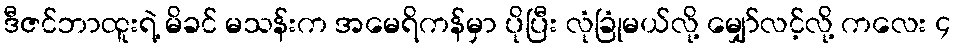
ဒီဇင်ဘာထူးရဲ့ မိခင် မသန်းက အမေရိကန်မှာ ပိုပြီး လုံခြုံမယ်လို့ မျှော်လင့်လို့ ကလေး ၄